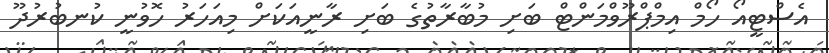
އެސްޓީއޯ ހޯމް އިމްޕްރޫވްމަންޓް ބަށި މުބާރާތުގެ ބަށި ރާނީއަކަށް މިއަހަރު ހޮވުނީ ކުނބުރުދޫ